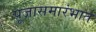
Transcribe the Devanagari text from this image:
पूजासमारंभात